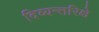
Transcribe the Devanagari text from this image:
दिव्यन्तरिक्षे